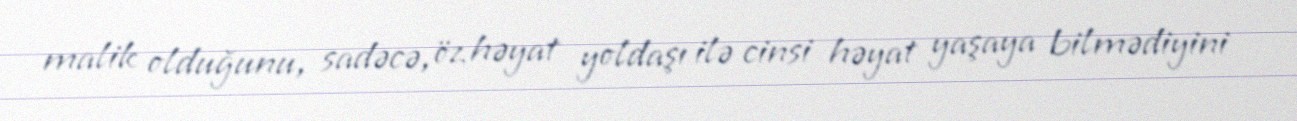
malik olduğunu, sadəcə, öz həyat yoldaşı ilə cinsi həyat yaşaya bilmədiyini